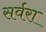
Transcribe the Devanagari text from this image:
सर्वरा